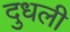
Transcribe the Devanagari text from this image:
दुधली